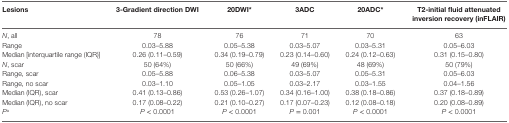
<table><thead><tr><td><b>Lesions</b></td><td><b>3-Gradient direction DWI</b></td><td><b>20DWI*</b></td><td><b>3ADC</b></td><td><b>20ADC*</b></td><td><b>T2-initial fluid attenuated inversion recovery (inFLAIR)</b></td></tr></thead><tbody><tr><td><i>N</i>, all</td><td>78</td><td>76</td><td>71</td><td>70</td><td>63</td></tr><tr><td>Range</td><td>0.03–5.88</td><td>0.05–5.38</td><td>0.03–5.07</td><td>0.03–5.31</td><td>0.05–6.03</td></tr><tr><td>Median [interquartile range (IQR)]</td><td>0.26 (0.11–0.59)</td><td>0.34 (0.19–0.79)</td><td>0.23 (0.14–0.60)</td><td>0.24 (0.12–0.63)</td><td>0.31 (0.15–0.80)</td></tr><tr><td><i>N</i>, scar</td><td>50 (64%)</td><td>50 (66%)</td><td>49 (69%)</td><td>48 (69%)</td><td>50 (79%)</td></tr><tr><td>Range, scar</td><td>0.05–5.88</td><td>0.06–5.38</td><td>0.03–5.07</td><td>0.05–5.31</td><td>0.05–6.03</td></tr><tr><td>Range, no scar</td><td>0.03–1.10</td><td>0.05–1.05</td><td>0.03–2.17</td><td>0.03–1.55</td><td>0.04–1.56</td></tr><tr><td>Median (IQR), scar</td><td>0.41 (0.13–0.86)</td><td>0.53 (0.26–1.07)</td><td>0.34 (0.16–1.00)</td><td>0.38 (0.18–0.86)</td><td>0.37 (0.18–0.89)</td></tr><tr><td>Median (IQR), no scar</td><td>0.17 (0.08–0.22)</td><td>0.21 (0.10–0.27)</td><td>0.17 (0.07–0.23)</td><td>0.12 (0.08–0.18)</td><td>0.20 (0.08–0.89)</td></tr><tr><td><i>P</i><sup>a</sup></td><td><i>P</i> &lt; 0.0001</td><td><i>P</i> &lt; 0.0001</td><td><i>P</i> = 0.001</td><td><i>P</i> &lt; 0.0001</td><td><i>P</i> &lt; 0.0001</td></tr></tbody></table>